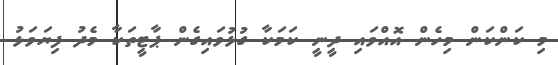
މި ކަންކަން މިހެން އޮއްވައި ދީނީ ކަމަކާ ގުޅުވައިގެން ޕާޓީތަކާ މެދު ފިޔަވަޅު